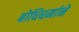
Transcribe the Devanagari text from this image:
बोधिधर्माने